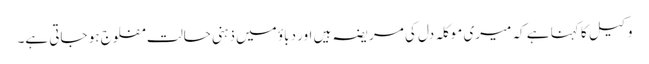
وکیل کا کہنا ہے کہ میری موکلہ دل کی مریضہ ہیں اور دباؤ میں ذہنی حالت مفلوج ہو جاتی ہے۔